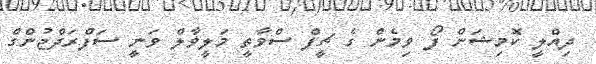
ދިއްލީ ކޮމިޝަން ފޯ ވިމެން ގެ ޗީފް ސްވާތީ މަލީވާލް ވަނީ ސަފްރަދްޖުންގް